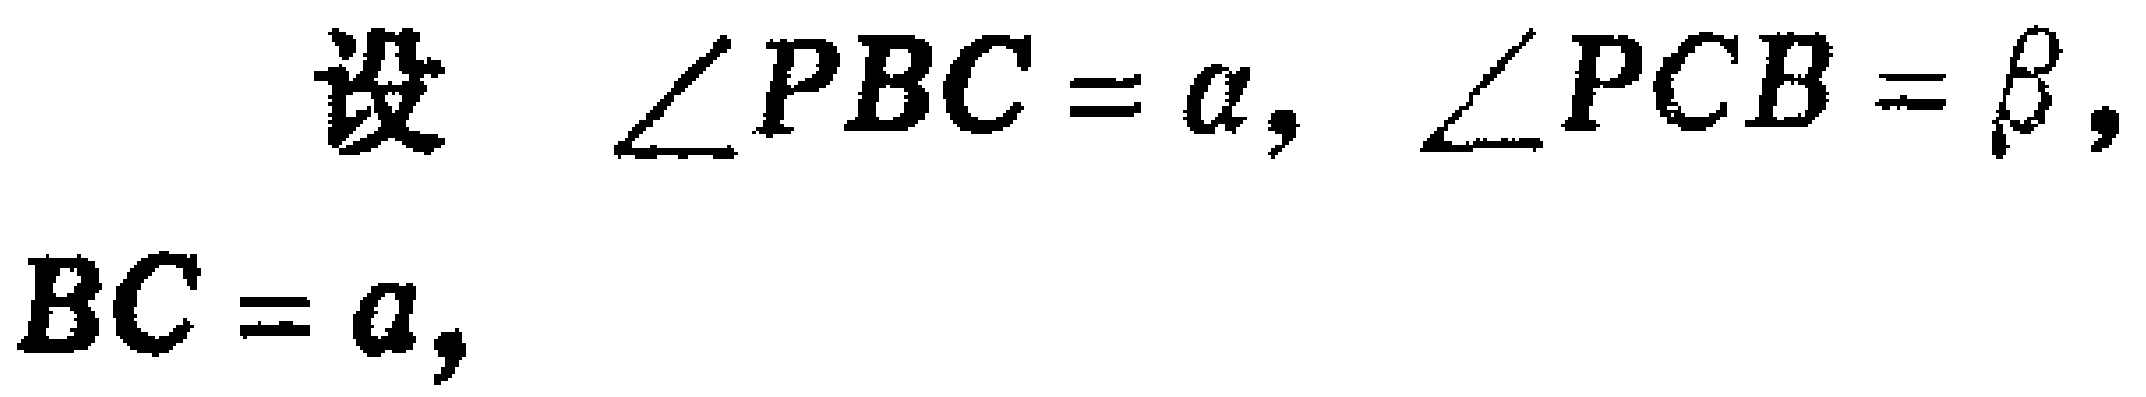
设 $\angle PBC = \alpha, \angle PCB = \beta,$

$BC = a,$